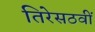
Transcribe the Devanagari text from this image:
तिरेसठवीं